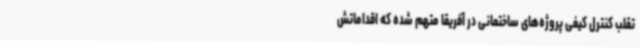
تقلب کنترل کیفی پروژه‌های ساختمانی در آفریقا متهم شده که اقداماتش